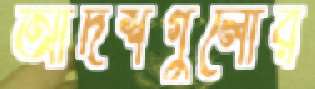
আদর্শগুলোর